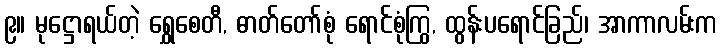
၉။ မုဋ္ဌောရယ်တဲ့ ရွှေစေတီ, ဓာတ်တော်စုံ ရောင်စုံကြွ, ထွန်းပရောင်ခြည်၊ အာကာလမ်းက